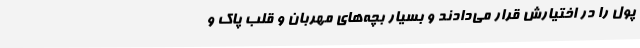
پول را در اختیارش قرار می‌دادند و بسیار بچه‌های مهربان و قلب پاک و